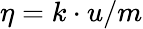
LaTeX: \eta=k\cdot u/m